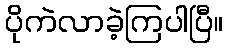
ပိုကဲလာခဲ့ကြပါပြီ။